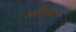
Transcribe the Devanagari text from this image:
आदिपुरुखीं